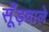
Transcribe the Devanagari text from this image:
सूँड़वाले